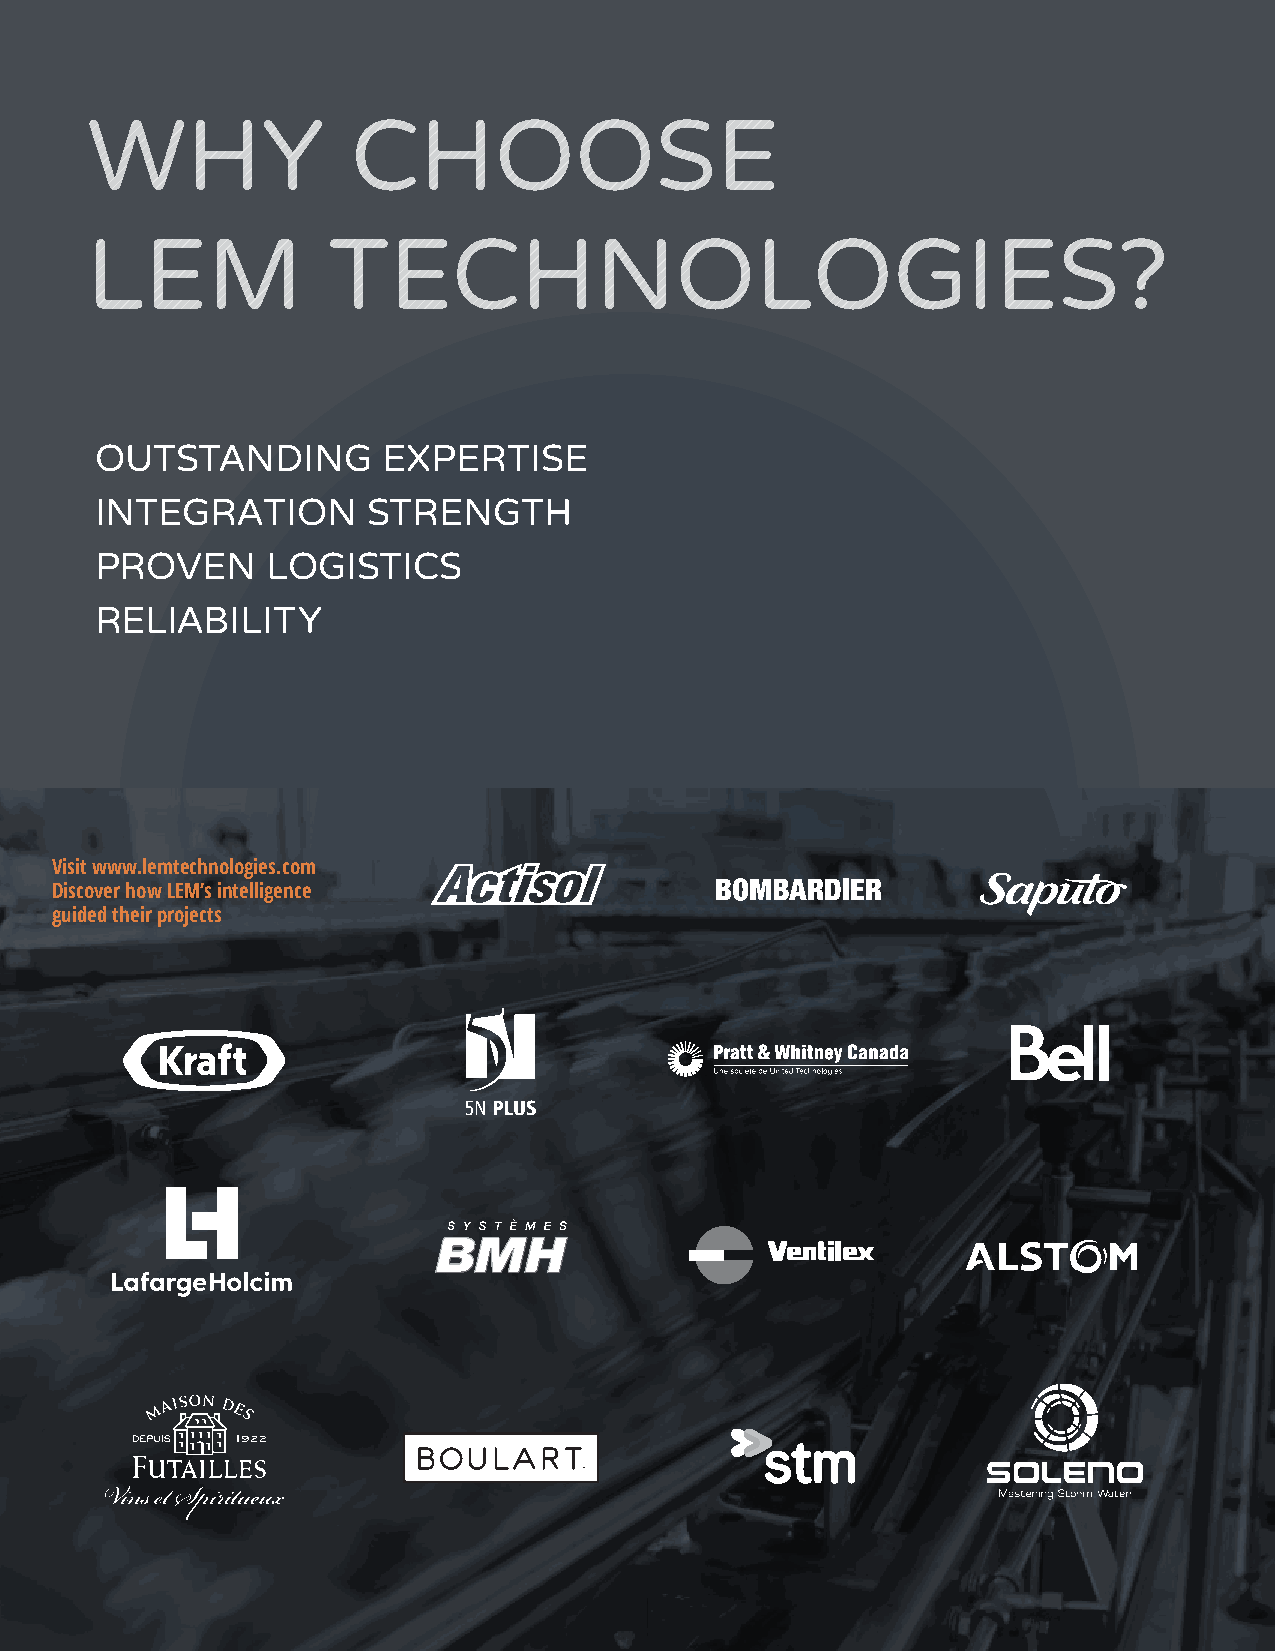
WHY              CHOOSE
 LEM             TECHNOLOGIES?
 OUTSTANDING        EXPERTISE
 INTEGRATION       STRENGTH
 PROVEN      LOGISTICS
 RELIABILITY
 Visit www.lemtechnologies.com
 Discover how LEM’s intelligence
 guided their projects